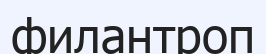
филантроп